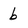
Character: b